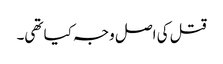
قتل کی اصل وجہ کیا تھی۔